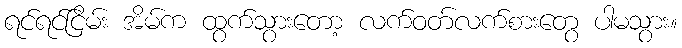
ရင်ရင်ငြိမ်း အိမ်က ထွက်သွားတော့ လက်ဝတ်လက်စားတွေ ပါမသွား။